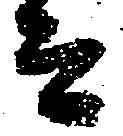
而